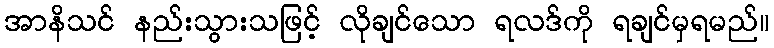
အာနိသင် နည်းသွားသဖြင့် လိုချင်သော ရလဒ်ကို ရချင်မှရမည်။